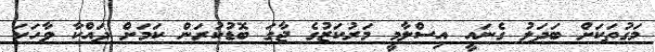
މަގުތަކަށް ބަދަލު ގެނައީ އިސްލާމީ މަރުކަޒުގެ ޖާގަ ބޮޑުކުރަން ކަމަށް ދައްކާ ވާހަކަ